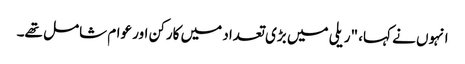
انہوں نے کہا، "ریلی میں بڑی تعداد میں کارکن اور عوام شامل تھے۔